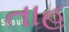
તાહ